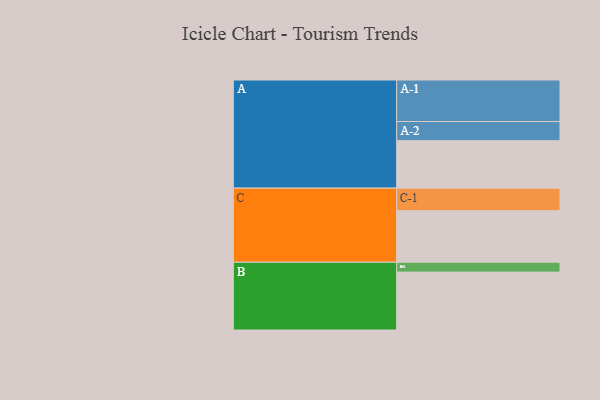
{"axis": {"x": "Segment", "y": "Value"}, "legend": ["", "A", "B", "C"], "data": [{"x": "A", "y": 336, "type": ""}, {"x": "B", "y": 410, "type": ""}, {"x": "C", "y": 365, "type": ""}, {"x": "A-1", "y": 294, "type": "A"}, {"x": "A-2", "y": 136, "type": "A"}, {"x": "B-1", "y": 70, "type": "B"}, {"x": "C-1", "y": 160, "type": "C"}]}